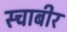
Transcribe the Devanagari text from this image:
स्चाबीर